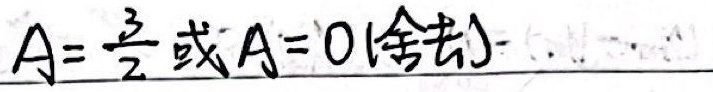
$A = \frac{3}{2}$ 或 $A = 0$ (舍去)